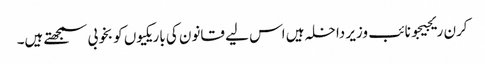
کرن ریجیجو نائب وزیر داخلہ ہیں اس لیے قانون کی باریکیوں کو بخوبی سمجھتے ہیں۔